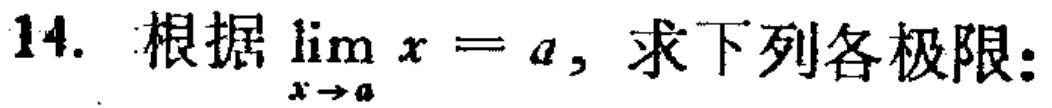
14. 根据$\lim_{x \to a} x = a$，求下列各极限：